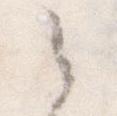
之